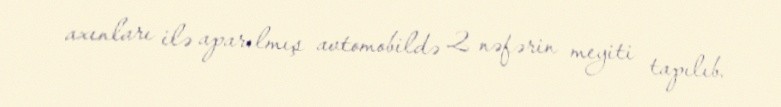
axınları ilə aparılmış avtomobildə 2 nəfərin meyiti tapılıb.